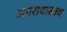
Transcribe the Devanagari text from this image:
अपराधास्तव